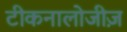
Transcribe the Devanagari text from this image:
टीकनालोजीज़